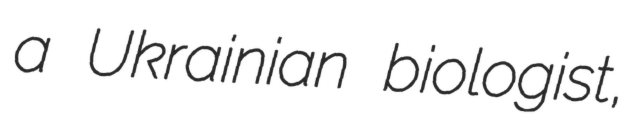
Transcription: a Ukrainian biologist,